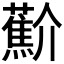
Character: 𰲑